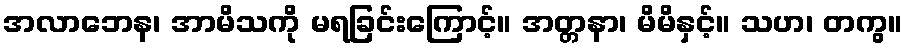
အလာဘေန၊ အာမိသကို မရခြင်းကြောင့်။ အတ္တနာ၊ မိမိနှင့်။ သဟ၊ တကွ။